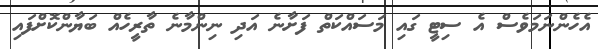
އެހެންނަމަވެސް އެ ސިޓީ ގައި މަސައްކަތް ފަށާނެ އަދި ނިންމާނެ ތާރީހެއް ބަޔާންކޮށްފައި